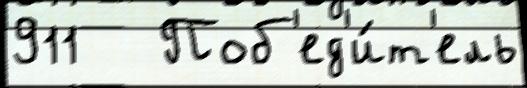
911   Поб'ед'и́т'ель